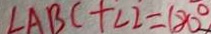
\angle A B C + \angle 2 = 1 8 0 ^ { \circ }